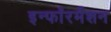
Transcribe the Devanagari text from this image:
इन्फाॅरर्मेशन